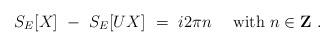
\begin{align*}S_{E}[X]\ -\ S_{E}[UX]\ =\ i2\pi n\quad\mbox{ with\ $n \in{\bf Z}$}\ .\end{align*}